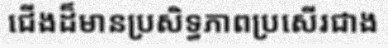
ជើងដ៏មានប្រសិទ្ធភាពប្រសើរជាង